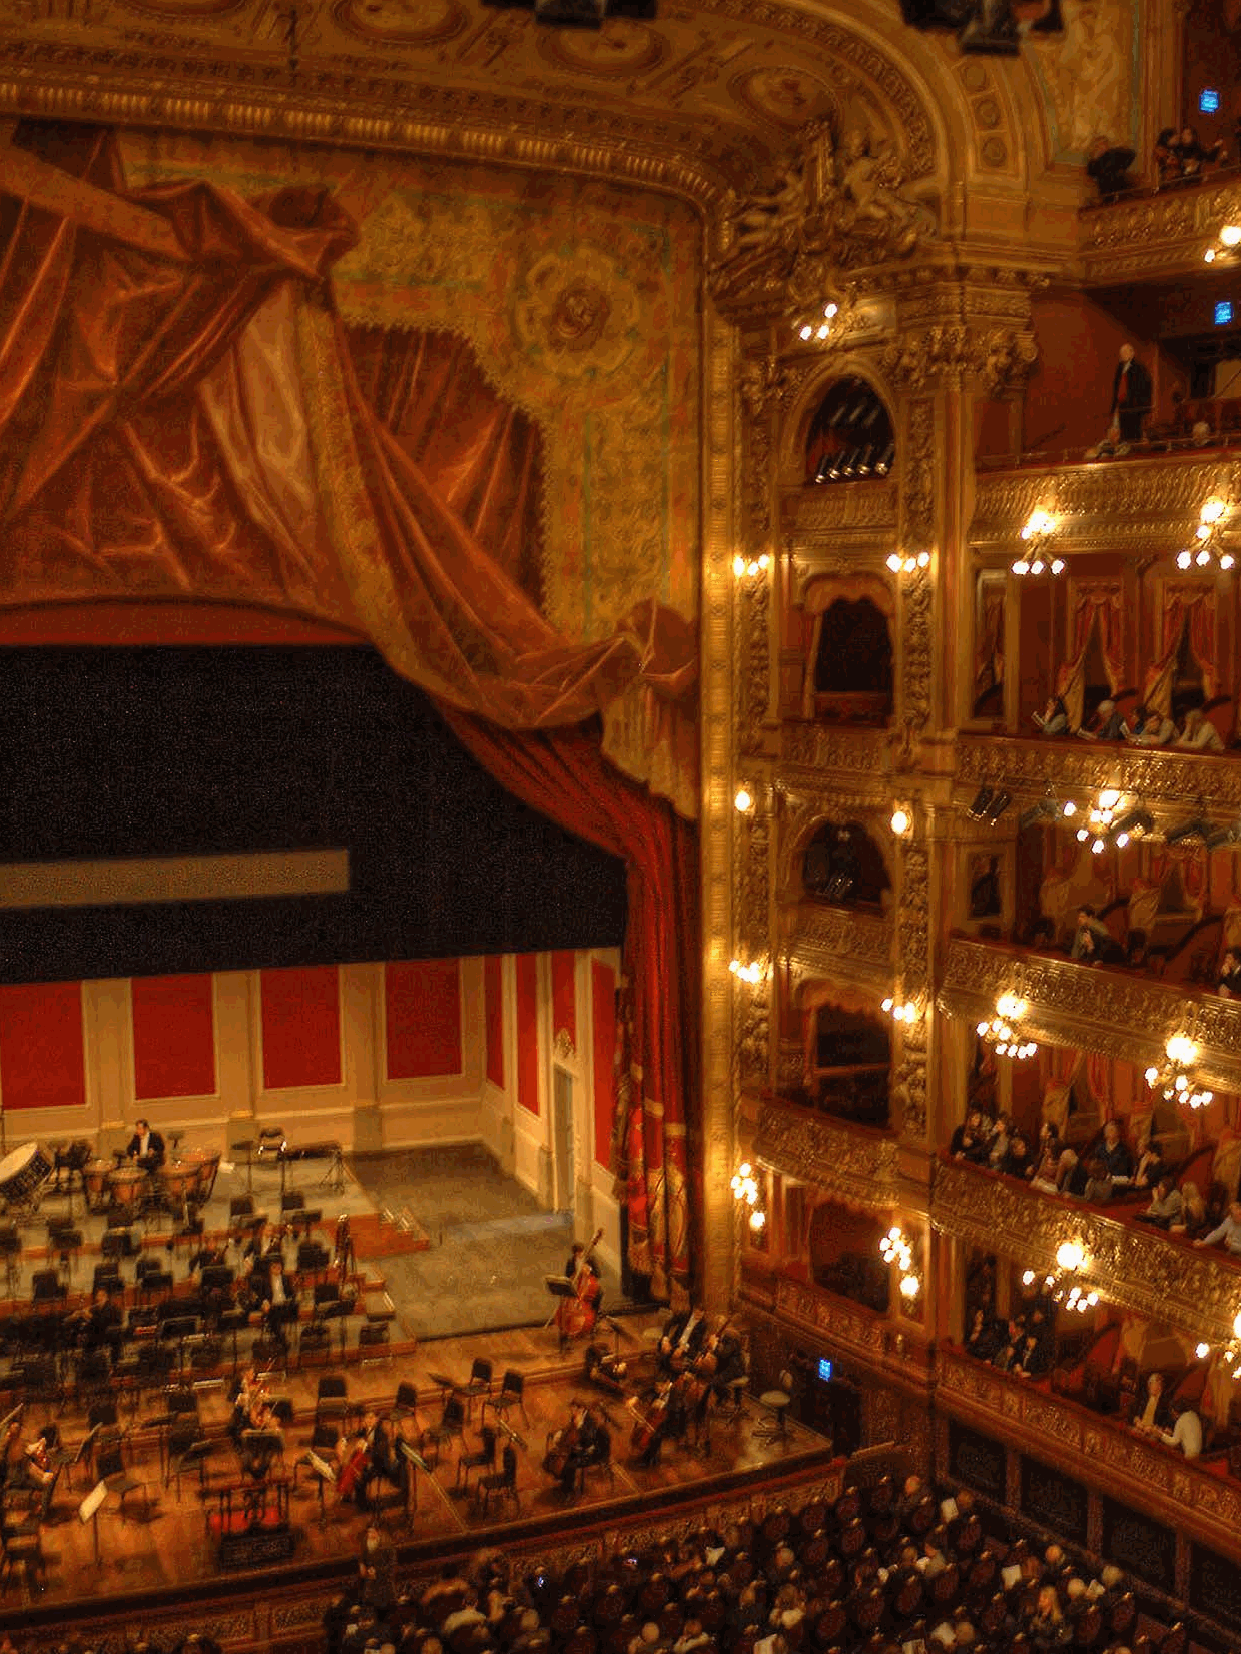
An Economic Impact Outlook                                       43